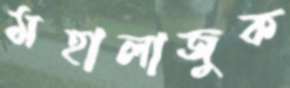
মহালাজুক